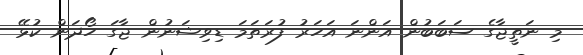
މި ނަތީޖާގެ ސަބަބުން އަންނަ އަހަރު ފުރަތަމަ ޑިވިޝަނުން ޖާގަ ހޯދަން ކުޅޭ